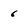
Character: 6